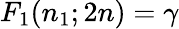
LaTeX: F_{1}(n_{1};2n)=\gamma